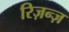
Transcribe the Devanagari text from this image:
रिज़न्ज़